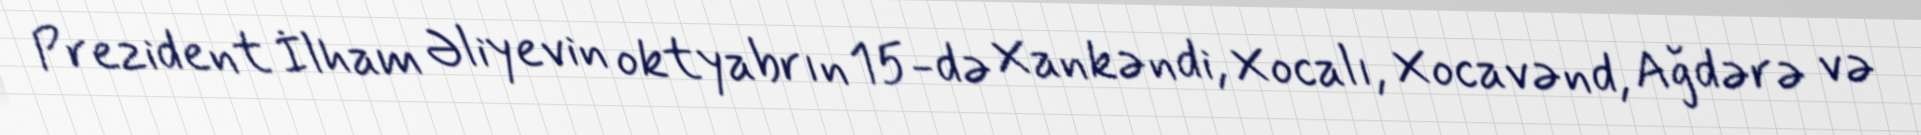
Prezident İlham Əliyevin oktyabrın 15-də Xankəndi, Xocalı, Xocavənd, Ağdərə və